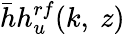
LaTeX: \bar{h}h_{u}^{rf}(k,~z)